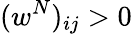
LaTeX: (w^{N})_{ij}>0